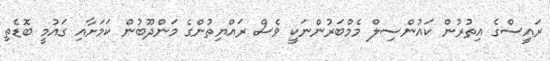
ރައީސްގެ އިތުރުން ކައުންސިލް މެމްބަރުންނަކީ ވެސް ރައްޔިތުންގެ މަންދޫބުން ކަމަށާއި ގައުމީ ބޮޑެތި